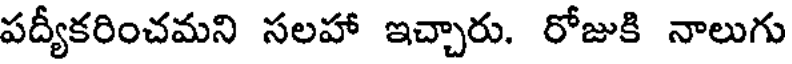
పద్యీకరించమని సలహా ఇచ్చారు. రోజుకి నాలుగు